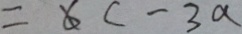
= 6 c - 3 a